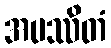
အပဿိတံ